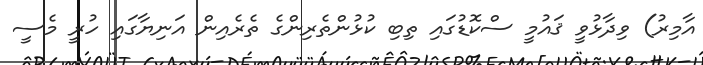
އާމިރު) ވިދާޅުވީ ޤައުމީ ސްކޮޑުގައި ތިބި ކުޅުންތެރިންގެ ތެރެއިން އަނިޔާގައި ހުރީ މެސީ